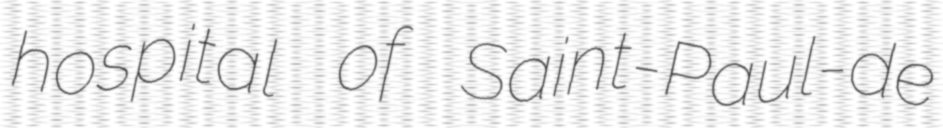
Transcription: hospital of Saint-Paul-de